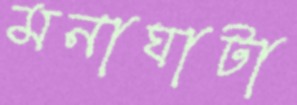
মনাঘাটা